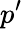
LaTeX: p’